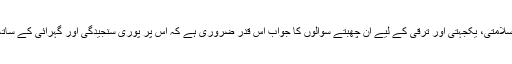
پاکستان کی سلامتی، یکجہتی اور ترقی کے لیے اِن چھبتے سوالوں کا جواب اس قدر ضروری ہے کہ اس پر پوری سنجیدگی اور گہرائی کے ساتھ سوچنا ہے۔